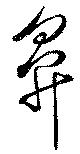
鼻